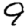
Digit: 9